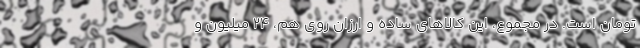
تومان است. در مجموع، این کالاهای ساده و ارزان روی هم، ۲۴ میلیون و